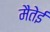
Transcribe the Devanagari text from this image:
मैतेई